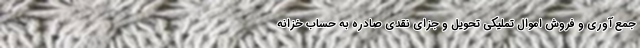
جمع آوری و فروش اموال تملیکی تحویل و جزای نقدی صادره به حساب خزانه